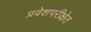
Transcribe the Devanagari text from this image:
प्रवेशपरीक्षेत